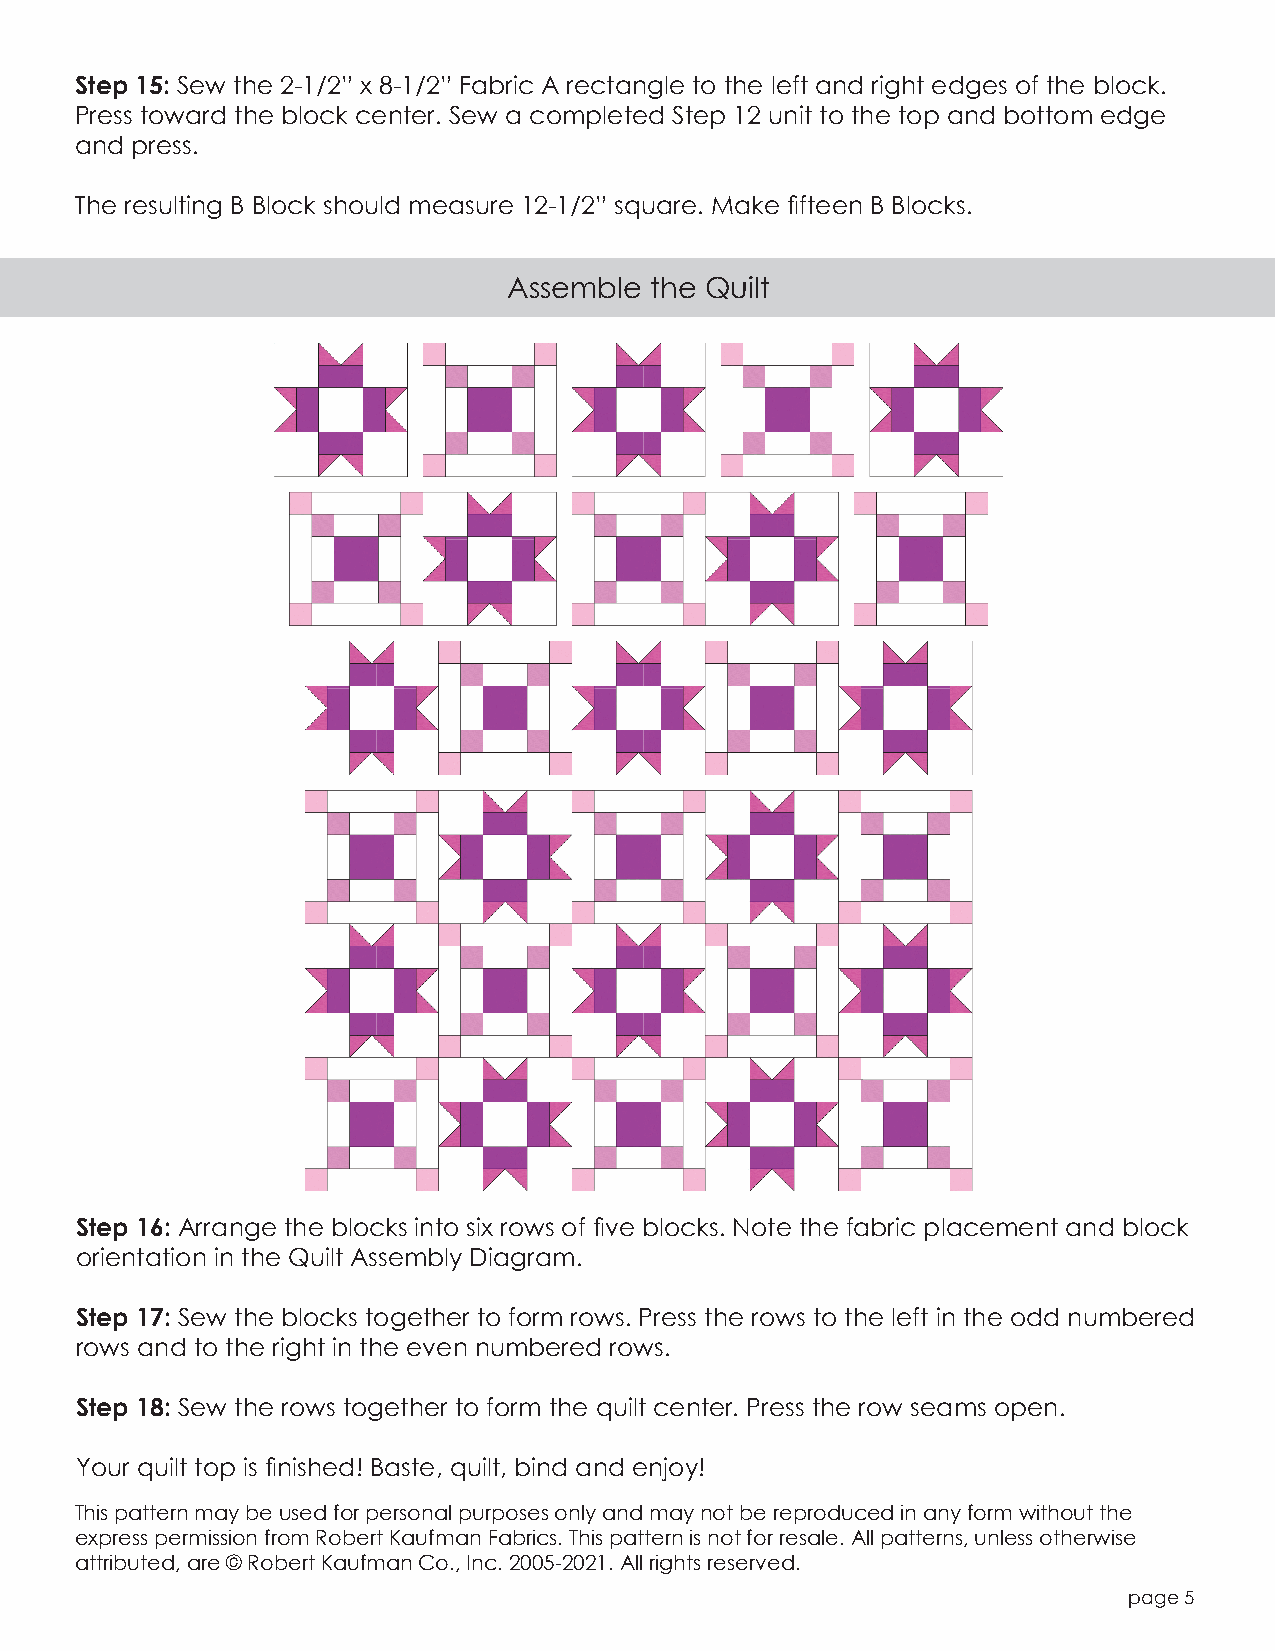
Step 15: Sew the 2-1/2” x 8-1/2” Fabric A rectangle to the left and right edges of the block.
 Press toward the block center. Sew a completed Step 12 unit to the top and bottom edge
 and press.
 The resulting B Block should measure 12-1/2” square. Make fifteen B Blocks.
 Assemble the Quilt
 Step 16: Arrange the blocks into six rows of five blocks. Note the fabric placement and block
 orientation in the Quilt Assembly Diagram.
 Step 17: Sew the blocks together to form rows. Press the rows to the left in the odd numbered
 rows and to the right in the even numbered rows.
 Step 18: Sew the rows together to form the quilt center. Press the row seams open.
 Your quilt top is finished! Baste, quilt, bind and enjoy!
 This pattern may be used for personal purposes only and may not be reproduced in any form without the
 express permission from Robert Kaufman Fabrics. This pattern is not for resale. All patterns, unless otherwise
 attributed, are © Robert Kaufman Co., Inc. 2005-2021. All rights reserved.
 page 5